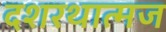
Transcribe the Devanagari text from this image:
दशरथात्मज